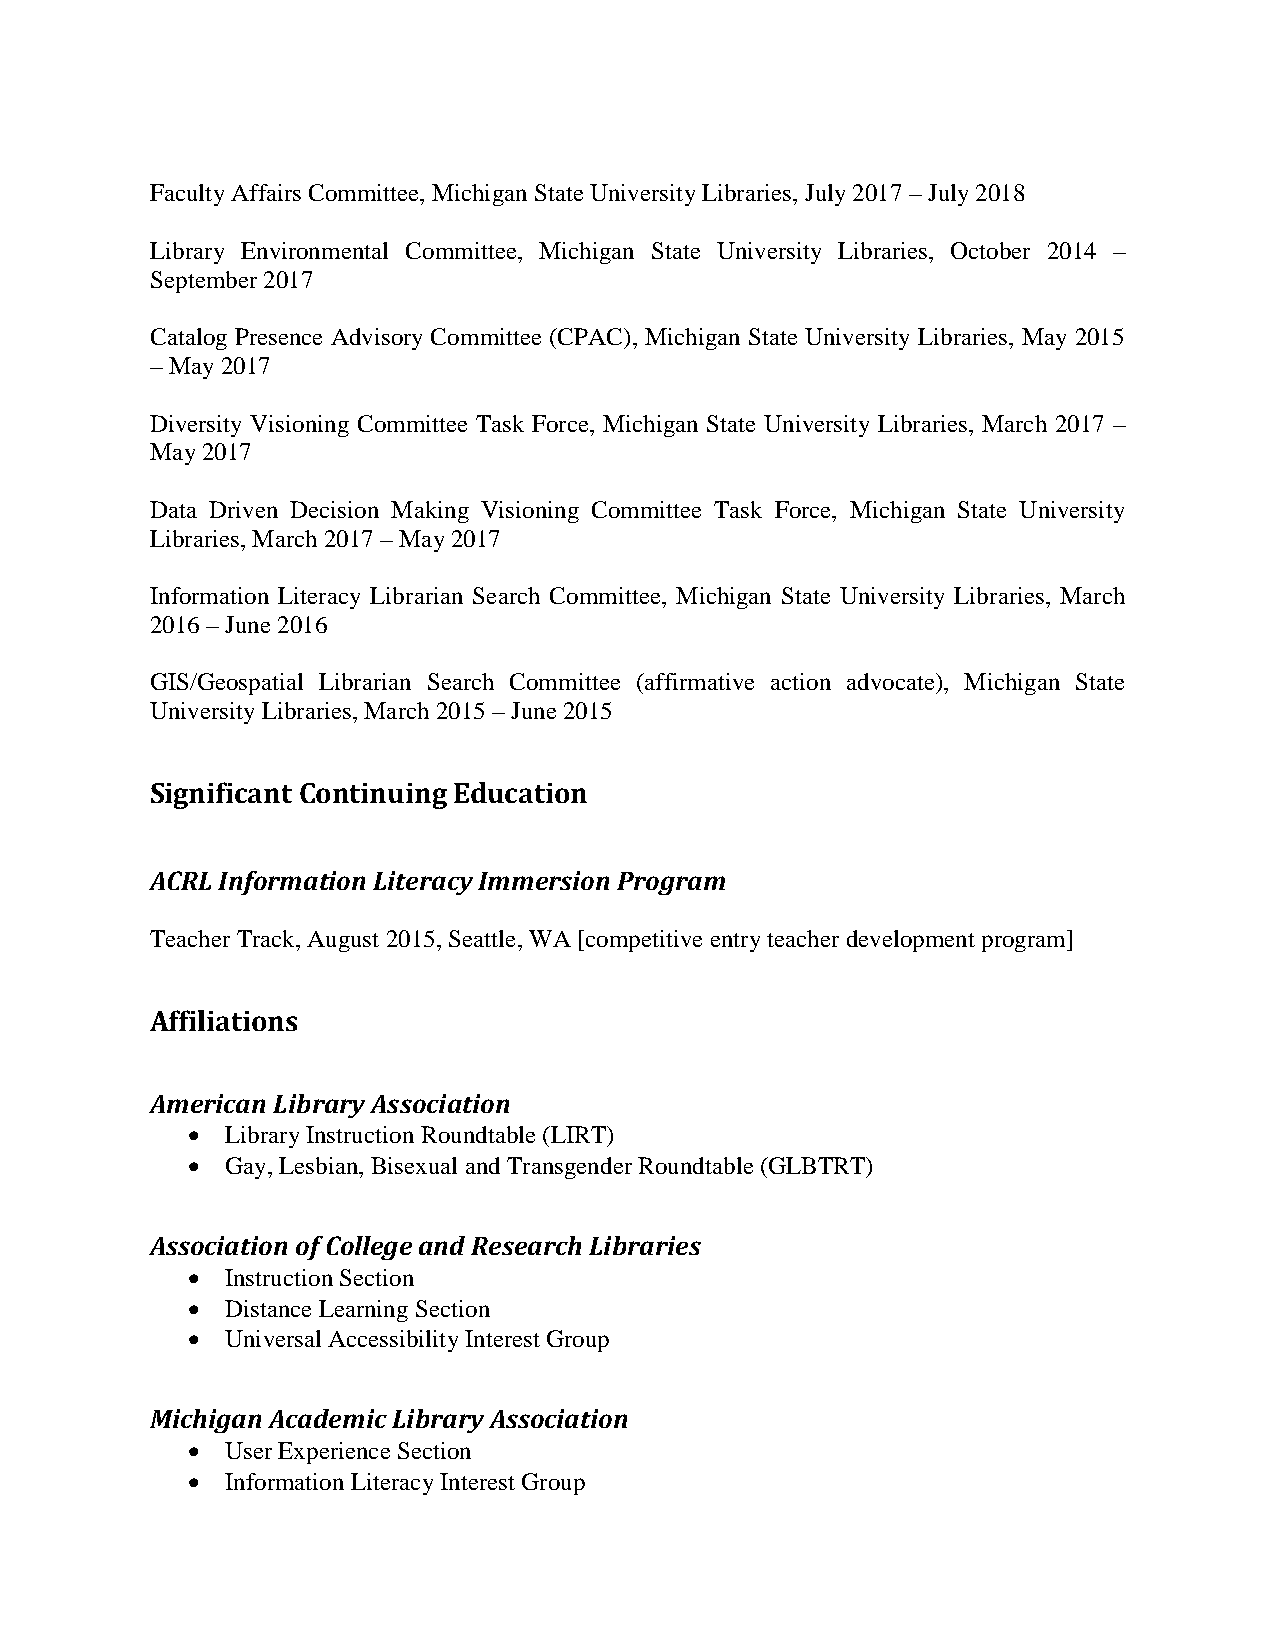
Faculty Affairs Committee, Michigan State University Libraries, July 2017 – July 2018
 Library Environmental Committee, Michigan State University Libraries, October 2014 –
 September 2017
 Catalog Presence Advisory Committee (CPAC), Michigan State University Libraries, May 2015
 – May 2017
 Diversity Visioning Committee Task Force, Michigan State University Libraries, March 2017 –
 May 2017
 Data Driven Decision Making Visioning Committee Task Force, Michigan State University
 Libraries, March 2017 – May 2017
 Information Literacy Librarian Search Committee, Michigan State University Libraries, March
 2016 – June 2016
 GIS/Geospatial Librarian Search Committee (affirmative action advocate), Michigan State
 University Libraries, March 2015 – June 2015
 Significant Continuing Education
 ACRL Information Literacy Immersion Program
 Teacher Track, August 2015, Seattle, WA [competitive entry teacher development program]
 Affiliations
 American Library Association
 •  Library Instruction Roundtable (LIRT)
 •  Gay, Lesbian, Bisexual and Transgender Roundtable (GLBTRT)
 Association of College and Research Libraries
 •  Instruction Section
 •  Distance Learning Section
 •  Universal Accessibility Interest Group
 Michigan Academic Library Association
 •  User Experience Section
 •  Information Literacy Interest Group